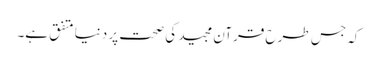
کہ جس طرح قرآن مجید کی صحت پر دنیا متفق ہے۔